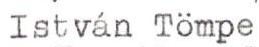
István Tömpe